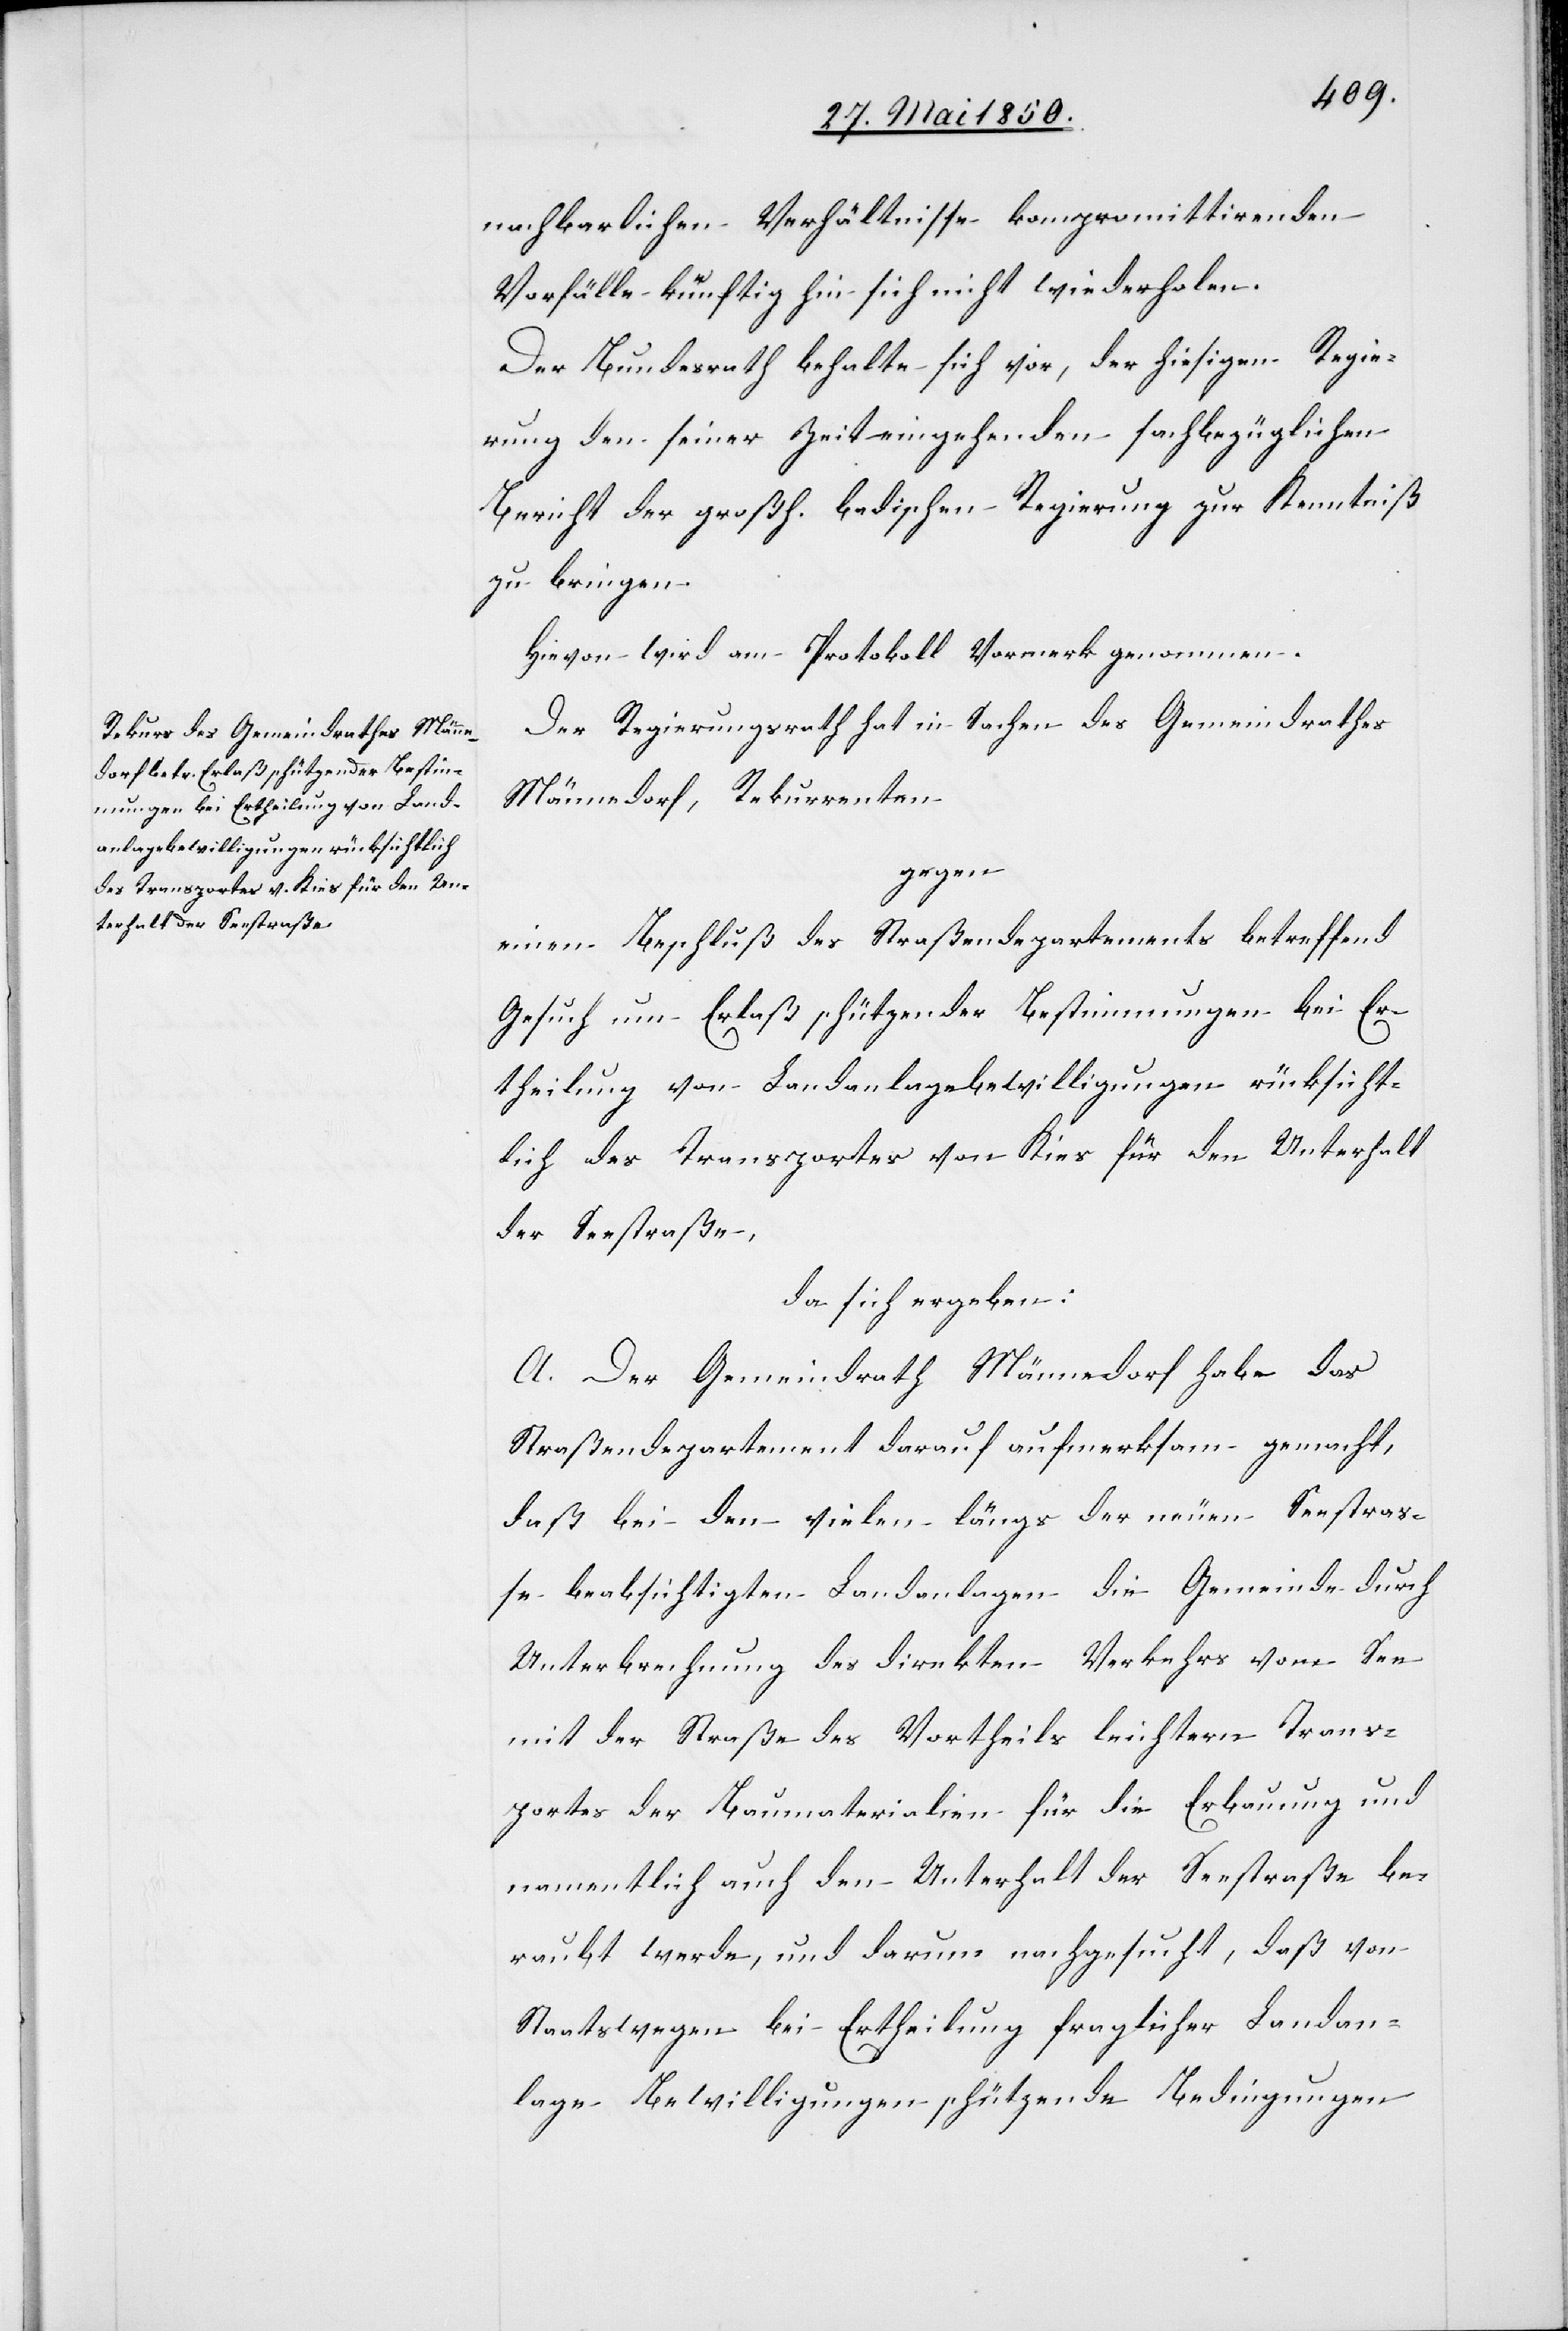
nachbarlichen Verhältnisse kompromittirenden
Vorfälle künftig hin sich nicht wiederholen.
Der Bundesrath behalte sich vor, der hiesigen Regie¬
rung den seiner Zeit eingehenden sachbezüglichen
Bericht der großh. badischen Regierung zur Kenntniß
zu bringen.
Hievon wird am Protokoll Vormerk genommen.
Der Regierungsrath hat in Sachen des Gemeindrathes
Männedorf, Rekurrenten
gegen
einen Beschluß des Straßendepartements betreffend
Gesuch um Erlaß schützender Bestimmungen bei Er¬
theilung von Landanlagebewilligungen rücksicht¬
lich des Transportes von Kies für den Unterhalt
der Seestraße,
da sich ergeben:
A. Der Gemeindrath Männedorf habe das
Straßendepartement darauf aufmerksam gemacht,
daß bei den vielen längs der neuen Seestraß¬
e beabsichtigten Landanlagen die Gemeinde durch
Unterbrechung des direkten Verkehrs vom See
mit der Straße des Vortheils leichtern Trans¬
portes der Baumaterialien für die Erbauung und
namentlich auch den Unterhalt der Seestraße be¬
raubt werde, und darum nachgesucht, daß von
Staatswegen bei Ertheilung fraglicher Landan¬
lage[-]Bewilligungen schützende Bedingungen